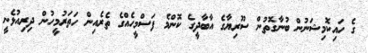
ގެ ހައިކޮމިޝަނުން ބުނާގޮތުން ސޫރިޔާގެ އާބާދީގެ ކޮންމެ ފަސްމީހެއްގެ ތެރެއިން ހަތަރުމީހުން ދިރިއުޅެނީ